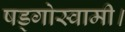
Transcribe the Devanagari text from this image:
षड्गोस्वामी।